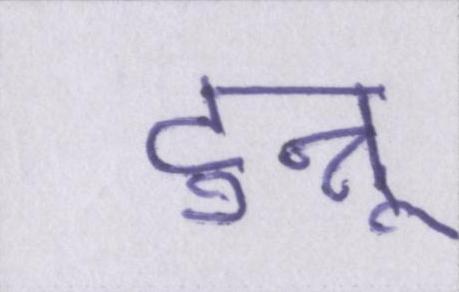
टुन्नू